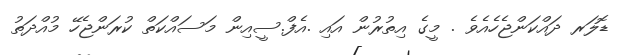
ޑޮލަރ ދައްކަންޖެހެއެވެ . މީގެ އިތުރުން އައި .އެފް.ސީއިން މަސައްކަތް ކުރަންޖެހޭ މުއްދަތު